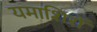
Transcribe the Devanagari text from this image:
यमाशिरों